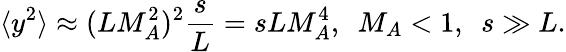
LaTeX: \langle y^{2}\rangle\approx(LM_{A}^{2})^{2}\frac{s}{L}=sLM_{A}^{4},~~M_{A}<1,~~s\gg L.